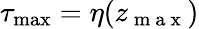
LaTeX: \tau_{\operatorname*{max}}=\eta(z_{\mathrm{~m~a~x~}})